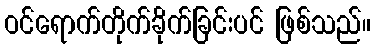
ဝင်ရောက်တိုက်ခိုက်ခြင်းပင် ဖြစ်သည်။